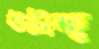
উটাহ